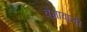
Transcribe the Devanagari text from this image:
वैभावाची